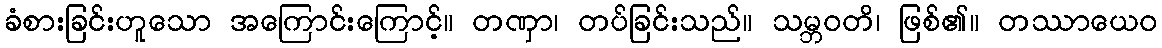
ခံစားခြင်းဟူသော အကြောင်းကြောင့်။ တဏှာ၊ တပ်ခြင်းသည်။ သမ္ဘဝတိ၊ ဖြစ်၏။ တဿာယေဝ